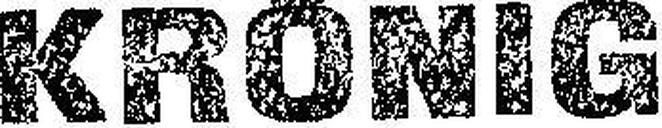
Friedr. Wilhm. KRÖNIG & SÖHNE,